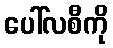
ပေါ်လစီကို